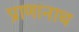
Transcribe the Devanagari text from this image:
प्राणानाथ